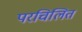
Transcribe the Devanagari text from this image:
परचिलित